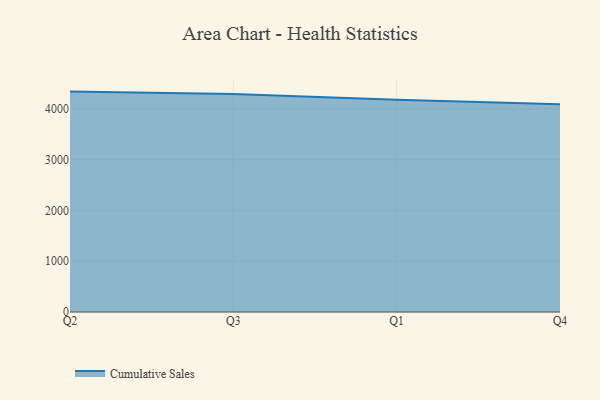
{"axis": {"x": "Quarter", "y": "Budget (USD K)"}, "legend": ["Cumulative Sales"], "data": [{"x": "Q2", "y": 4340.4, "type": "Cumulative Sales"}, {"x": "Q3", "y": 4290.7, "type": "Cumulative Sales"}, {"x": "Q1", "y": 4181.3, "type": "Cumulative Sales"}, {"x": "Q4", "y": 4093.5, "type": "Cumulative Sales"}]}